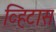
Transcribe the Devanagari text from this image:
व्हिटास